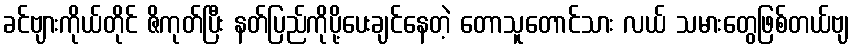
ခင်ဗျားကိုယ်တိုင် ဇိကုတ်ပြီး နတ်ပြည်ကိုပို့ပေးချင်နေတဲ့ တောသူတောင်သား လယ် သမားတွေဖြစ်တယ်ဗျ